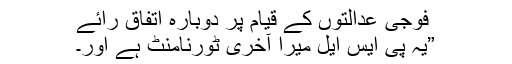
فوجی عدالتوں کے قیام پر دوبارہ اتفاق رائے
”یہ پی ایس ایل میرا آخری ٹورنامنٹ ہے اور۔